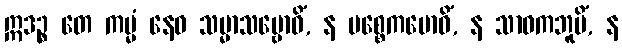
ဣဒဉ္စ တေ ကမ္မံ နေဝ သမ္မာသမ္ဗောဓိံ, န ပစ္စေကဗောဓိံ, န သာဝကဘူမိံ, န